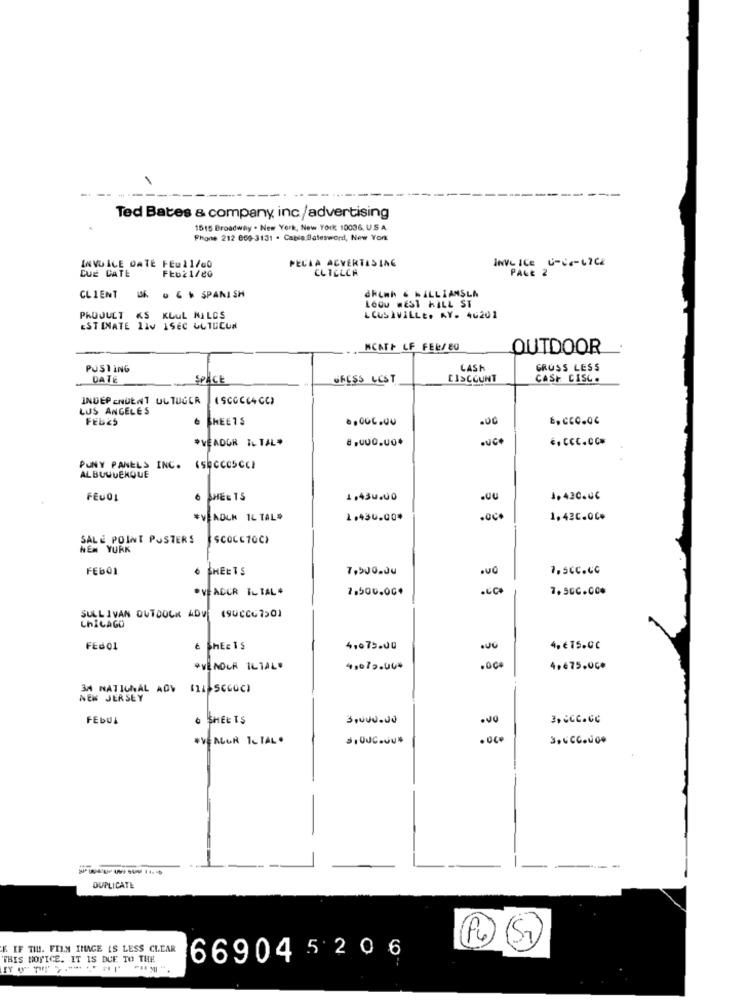
-------
Ted Bates & company inc/advertising
1515 Broadway . New York, New York 10036. U.S.A.
Phone 212 060-3131 . Cable.Batesword, New York
PECIA ADVERTISING
INVL ICE U-CALICE
CUE CATE
INVOICE DATE FEU11/00
CLTELCH
PALE 2
dkimh & WILLIAMSLA
CLIENT Uh. . 6 % SPANISH
LOCU HEST HILL ST
PROJULT KS KLUL NILGS
LCUSIVILLE, AY. 46201
ESTINATE LIV ISEC GUTECUN
MCATP LF FELJEG
OUTDOOR
PUSTING
LASH
GRUSS LESS
DATE
SPACE
OFESS LEST
DISCOUNT
CASH CISCO
INDEPENDENT UL TUGER
(SCOCE4CC)
LOS ANGELES
FELES
SHEETS
PVEADGR TL TAL*
8,000.00*
.. CCC.COM
PUNY PANELS INC. (SECCCSCCI
ALBUQUERQUE
FEUOL
6 SHEETS
1,430000
1,420.06
EVLADLK IL TALS
1,430.00*
.oc
1,420.00*
SALE POINT POSTERS
SCOCE70C>
NEM YURK
FEB01
6 SHEETS
7,500.00
7,5CC.CC
· VEADUR IL TAL*
7,500.00*
·CC+
7,500.00%
SULLIVAN OUTDOCK ADV
(90CC67501
CHICAGO
FEGOL
& SHEETS
4.075.00
4.€75.00
*VENDOR ILIAL·
41079.004
,000
4,675.00*
34 MATICMAL ADY
NEW JERSEY
FEDUA
6 SHEETS
3,000.00
.00
3.CCC.GG
#VENLUR 1L TAL .
DUPLICATE
E IF TIL. FILM IMAGE IS LESS CLEAR
THIS NOTICE. IT IS DUE TO THE
6690452 06
1 .